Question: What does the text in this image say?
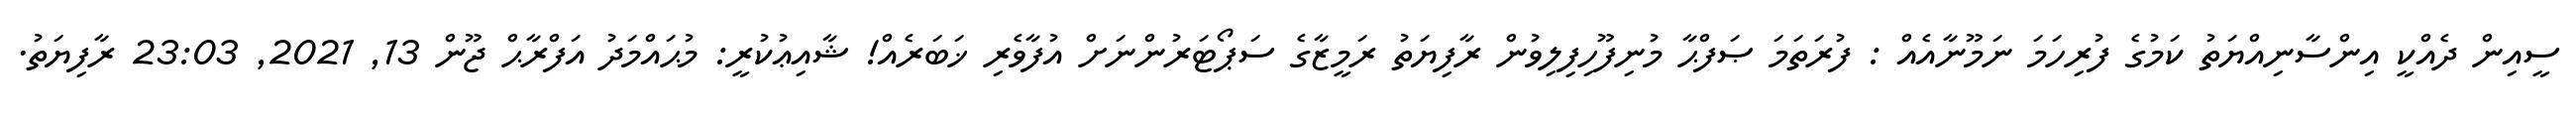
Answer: ސީއިން ދެއްކީ އިންސާނިއްޔަތު ކަމުގެ ފުރިހަމަ ނަމޫނާއެއް : ފުރަތަމަ ޞަފްޙާ މުނިފޫހިފިލިވުން ރާފިޔަތު ރަމީޒާގެ ސަޕޯޓަރުންނަށް އުފާވެރި ޚަބަރެއް! ޝާއިޢުކުރީ: މުޙައްމަދު އަފްރާޙް ޖޫން 13, 2021, 23:03 ރާފިޔަތު.